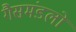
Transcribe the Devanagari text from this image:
गैसमंडलों